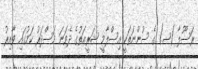
ރަސޫލާ (ޞ) ގެ ސުންނަތަކީ އިސްލާމީ ޝަރީޢަތުގެ ދެވަނަ މަސްދަރު ކަމުގައި ވާއިރު